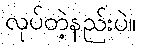
လုပ်တဲ့နည်းပဲ။